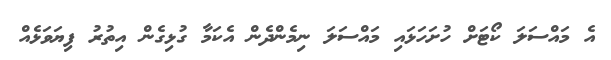
އެ މައްސަލަ ކޯޓަށް ހުށަހަޅައި މައްސަލަ ނިމެންދެން އެކަމާ ގުޅިގެން އިތުރު ފިޔަވަޅެއް